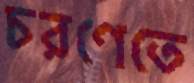
চরণেতে